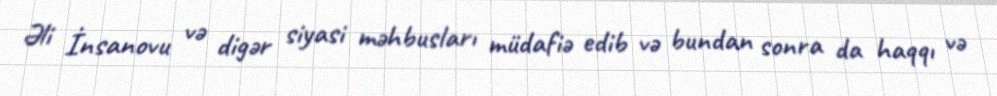
Əli İnsanovu və digər siyasi məhbusları müdafiə edib və bundan sonra da haqqı və